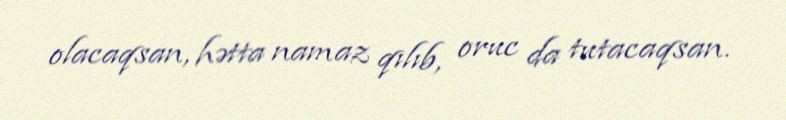
olacaqsan, hətta namaz qılıb, oruc da tutacaqsan.